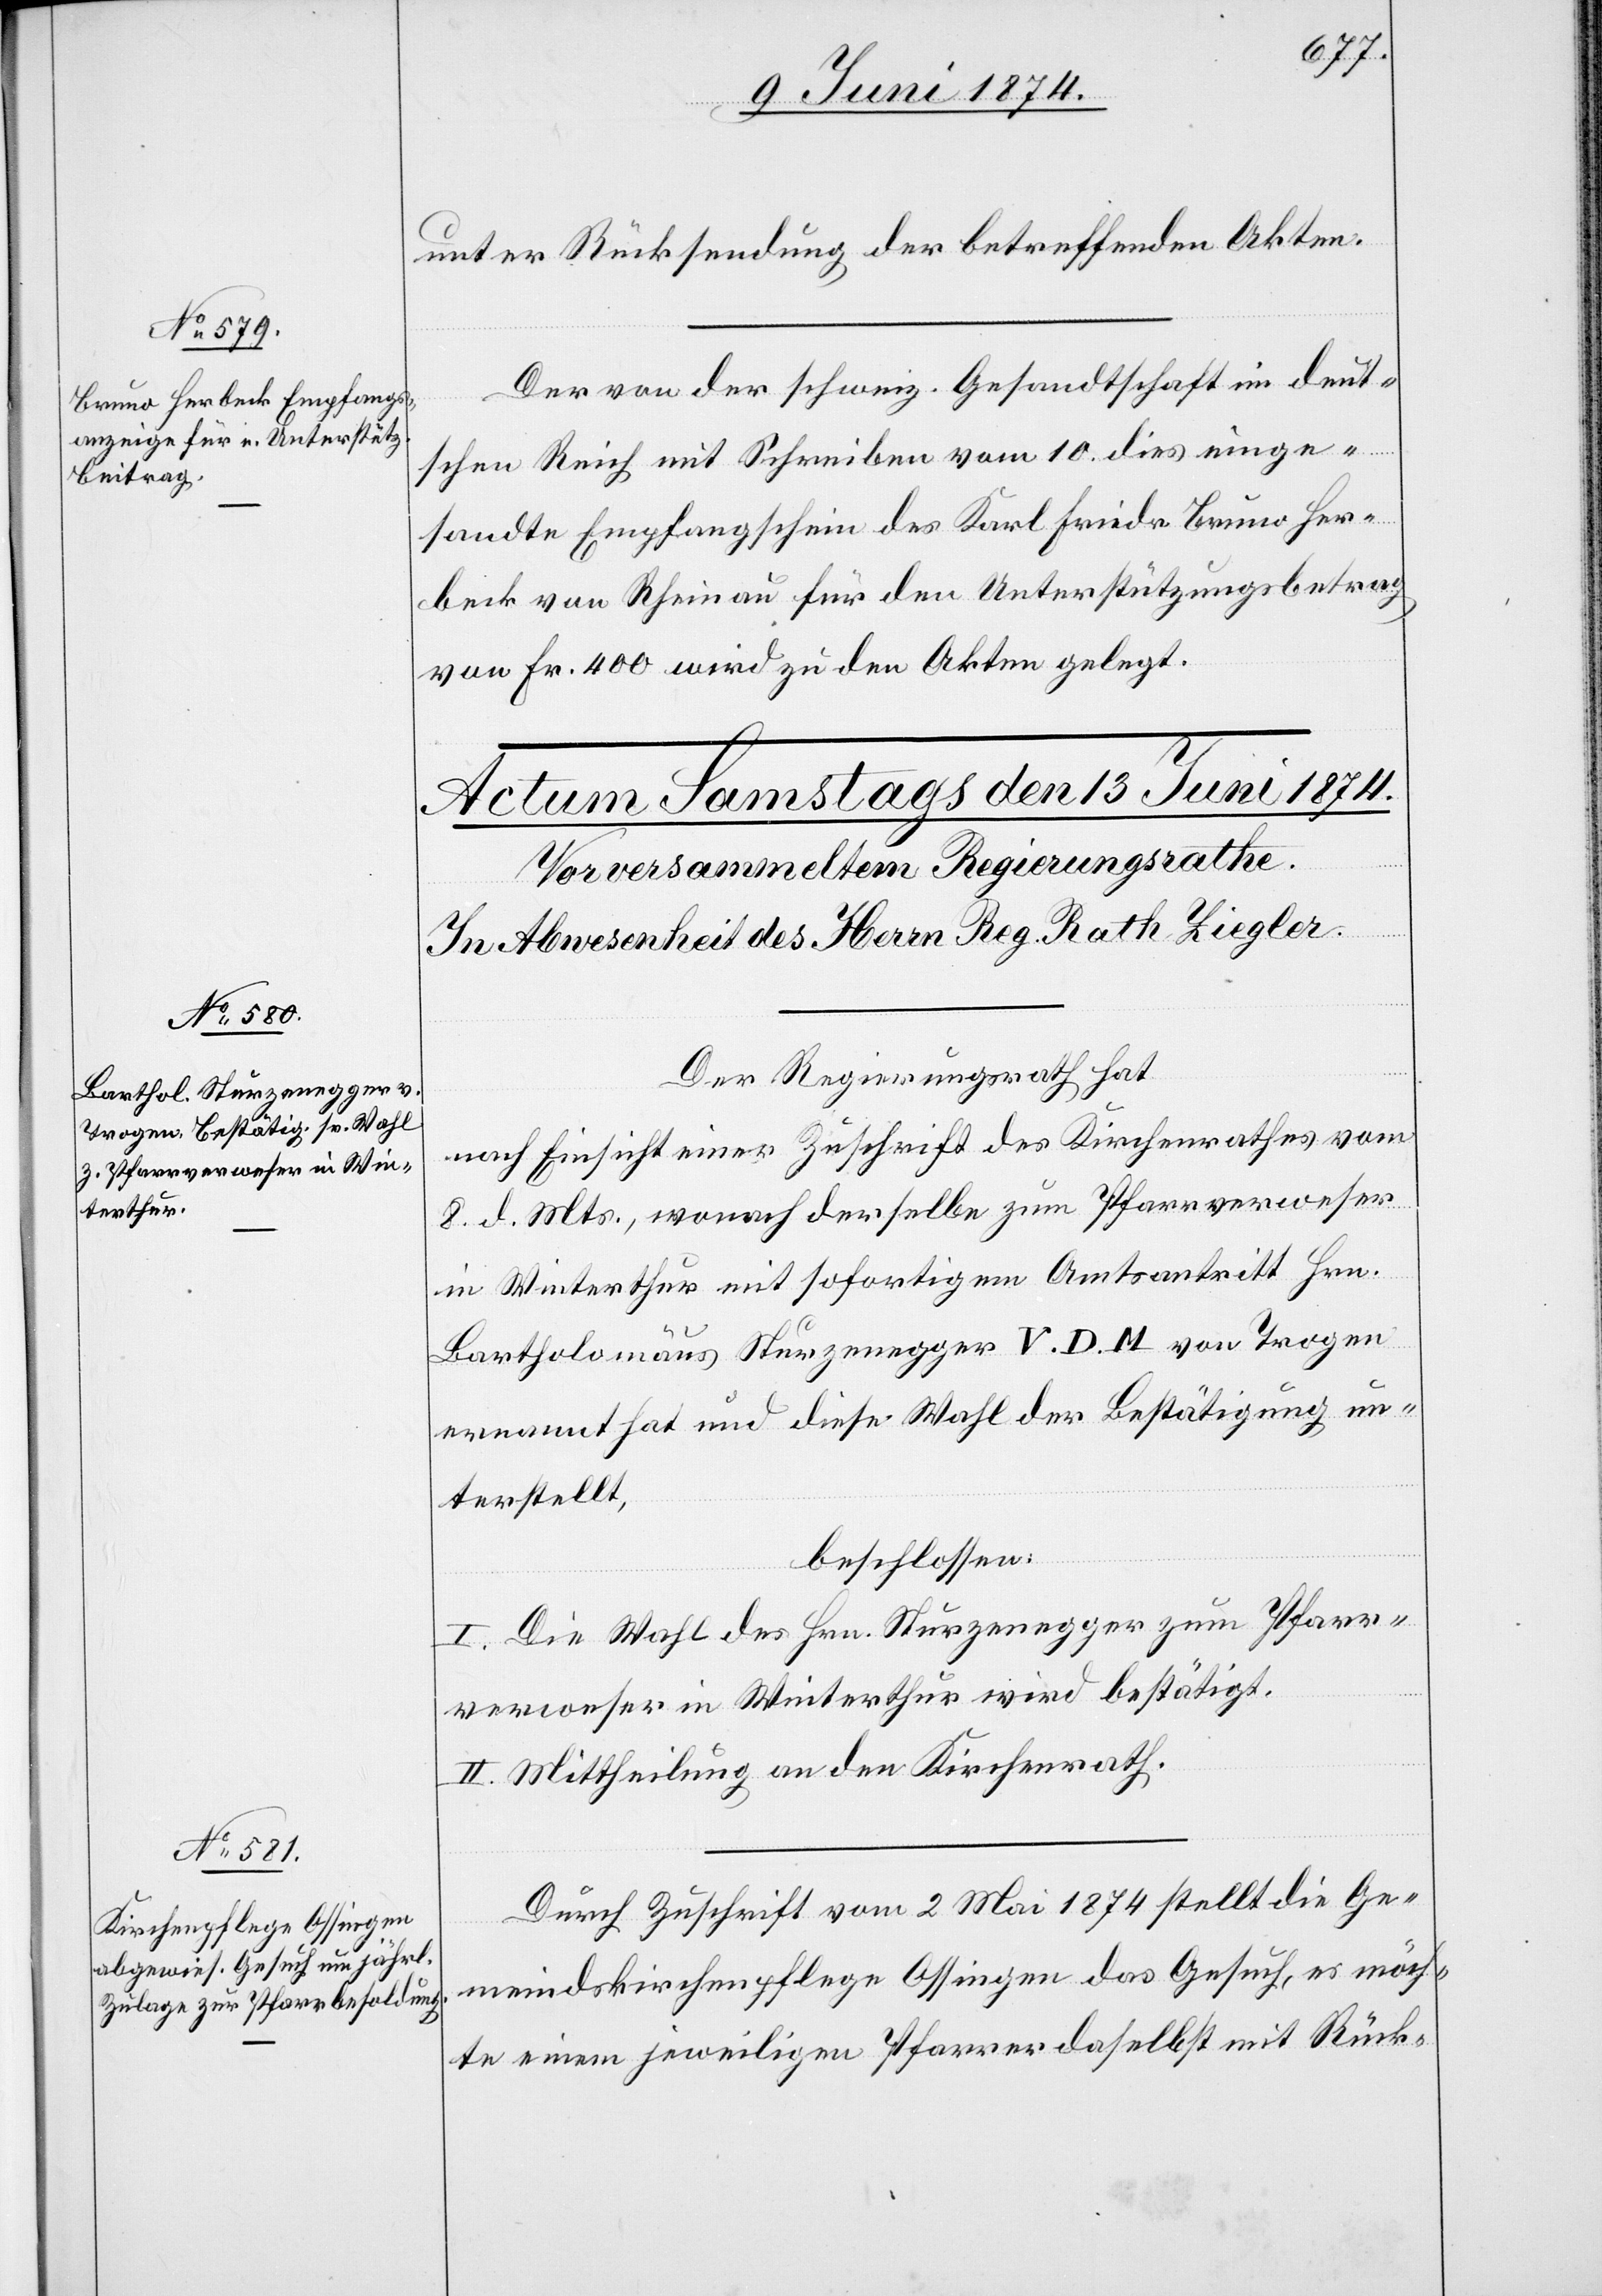
12. Juni 1874.]
unter Rücksendung der betreffenden Akten.
Der von der schweiz. Gesandtschaft im deut¬
schen Reich mit Schreiben vom 10. dies einge¬
sandte Empfangschein des Karl Friedr. Bruno Her¬
beck von Rheinau für den Unterstützungsbetrag
von Fr. 400 wird zu den Akten gelegt.
Der Regierungsrath hat
nach Einsicht einer Zuschrift des Kirchenrathes vom
8. d. Mts., wonach derselbe zum Pfarrverweser
in Winterthur mit sofortigem Amtsantritt Hrn.
Bartholomäus Sturzenegger V. D. M. von Trogen
ernannt hat und diese Wahl der Bestätigung un¬
terstellt,
beschlossen:
I. Die Wahl des Hrn. Sturzenegger zum Pfarr¬
verweser in Winterthur wird bestätigt.
II. Mittheilung an den Kirchenrath.
Durch Zuschrift vom 2. Mai 1874 stellt die Ge¬
meindskirchenpflege Ossingen das Gesuch, es möch¬
te einem jeweiligen Pfarrer daselbst mit Rück-